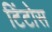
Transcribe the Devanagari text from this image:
टिंटोस